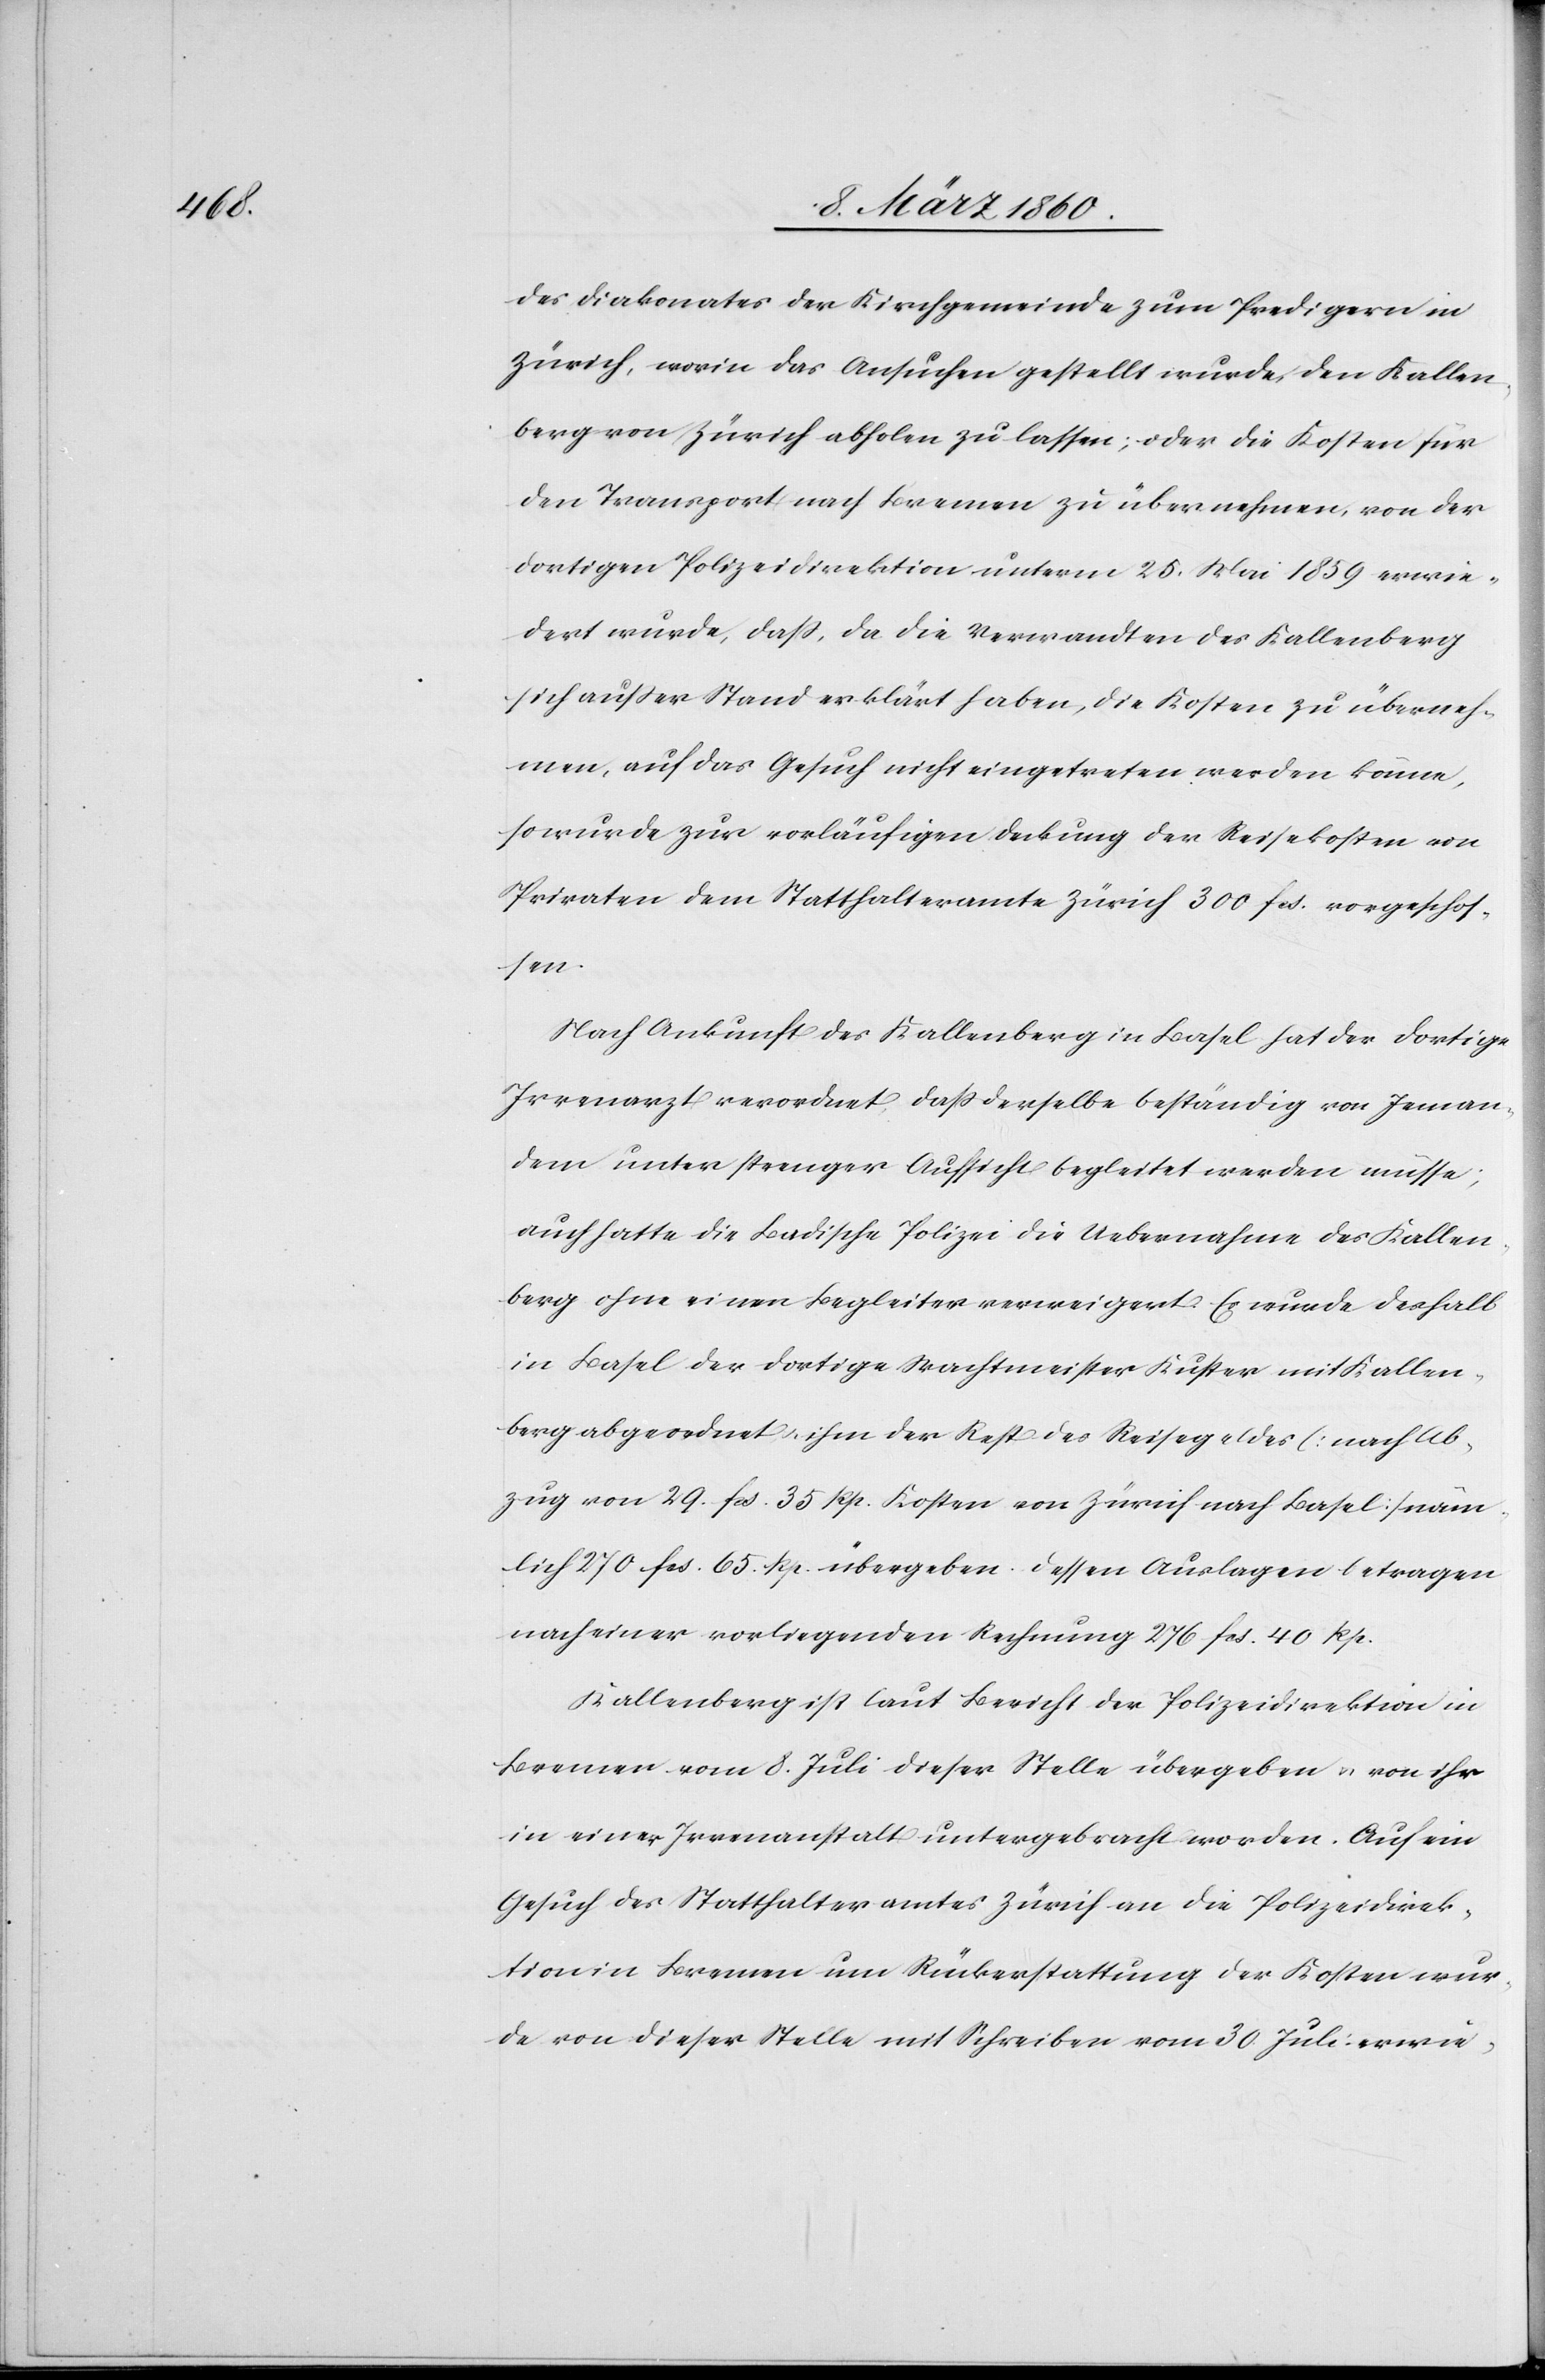
des Diakonates der Kirchgemeinde zum Predigern in
Zürich, worin das Ansuchen gestellt wurde, den Kallen¬
berg von Zürich abholen zulassen, oder die Kosten für
den Transport nach Bremen zu übernehmen, von der
dortigen Polizeidirektion unterm 25. Mai 1859 erwie¬
dert wurde, dass, da die Verwandten des Kallenberg
sich außer Stand erklärt haben, die Kosten zu überneh¬
men, auf das Gesuch nicht eingetreten werden könne,
so wurde zur vorläufigen Deckung der Reisekosten von
Privaten dem Statthalteramte Zürich 300 fcs. vorgeschos¬
sen.
Nach Ankunft des Kallenberg in Basel hat der dortige
Irrenarzt verordnet, dass derselbe beständig von Jeman¬
dem unter strenger Aufsicht begleitet werden müsse;
auch hatte die Badische Polizei die Uebernahme des Kallen¬
berg ohne einen Begleiter verweigert. Es wurde deshalb
in Basel der dortige Wachtmeister Kuster mit Kallen¬
berg abgeordnet u. ihm der Rest des Reisegeldes [nach Ab¬
zug von 29. fcs. 35 Rp. Kosten von Zürich nach Basel] näm¬
lich 270 fcs. 65 Rp. übergeben. Dessen Auslagen betragen
nach einer vorliegenden Rechnung 276 fcs. 40. Rp.
Kallenberg ist laut Bericht der Polizeidirektion in
Bremen vom 8. Juli dieser Stelle übergeben u. von ihr
in einer Irrenanstalt untergebracht worden. Auf ein
Gesuch des Statthalteramtes Zürich an die Polizeidirek¬
tion Bremen um Rückerstattung der Kosten wur¬
de von dieser Stelle mit Schreiben vom 30. Juli erwie-